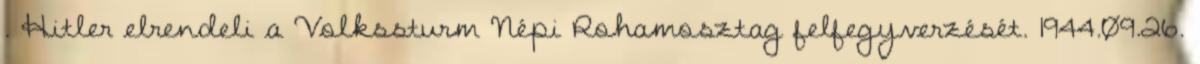
. Hitler elrendeli a Volkssturm Népi Rohamosztag felfegyverzését. 1944.09.26.